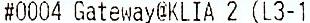
#0004 GATEWAY@KLIA 2 (L3-1